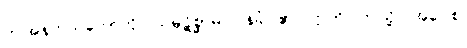
ဤအနက်သဘောကို။ သမ္ပဋိစ္ဆာမိ၊ ဝန်ခံပါ၏။ ဣတိ၊ ဤသို့။ အဝေါစ၊